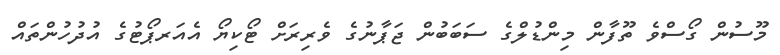
މޫސުން ގޯސްވެ ތޫފާން މިންޑުލްގެ ސަބަބުން ޖަޕާނުގެ ވެރިރަށް ޓޯކިޔޯ އެއަރޕޯޓުގެ އުދުހުންތައް